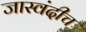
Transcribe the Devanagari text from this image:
जास्वंदीच